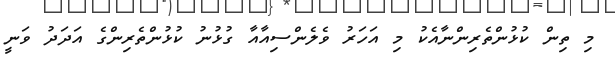
މި ތިން ކުޅުންތެރިންނާއެކު މި އަހަރު ވެލެންސިއާއާ ގުޅުނު ކުޅުންތެރިންގެ އަދަދު ވަނީ